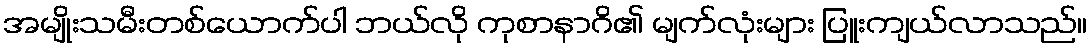
အမျိုးသမီးတစ်ယောက်ပါ ဘယ်လို ကုစာနာဂိ၏ မျက်လုံးများ ပြူးကျယ်လာသည်။